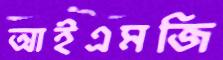
আইএমজি